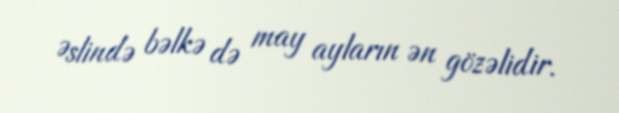
Əslində bəlkə də may ayların ən gözəlidir.